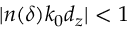
| n ( \delta ) k _ { 0 } d _ { z } | < 1